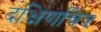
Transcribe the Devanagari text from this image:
दक्षिणचित्र